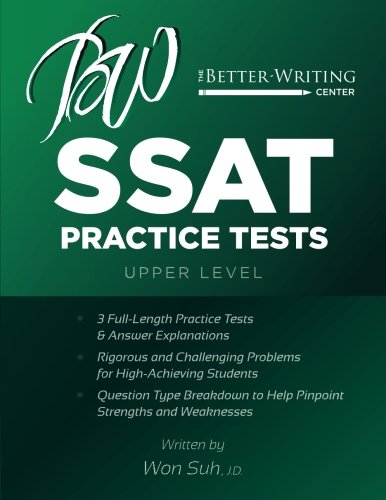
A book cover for SSAT Practice Tests: Upper Level; Won Suh; Test Preparation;